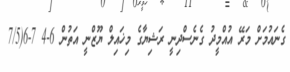
ގެނައުމަށް މަރޭ އުއްމީދު ގެނެސްދިނީ ރަޝިޔާގެ މިޚައިލް ޔޫޒްނީ އަތުން 6-4 7-6(7/5